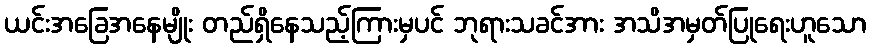
ယင်းအခြေအနေမျိုး တည်ရှိနေသည့်ကြားမှပင် ဘုရားသခင်အား အသိအမှတ်ပြုရေးဟူသော